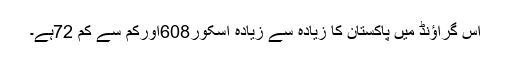
اس گراؤنڈ میں پاکستان کا زیادہ سے زیادہ اسکور608اورکم سے کم 72ہے۔